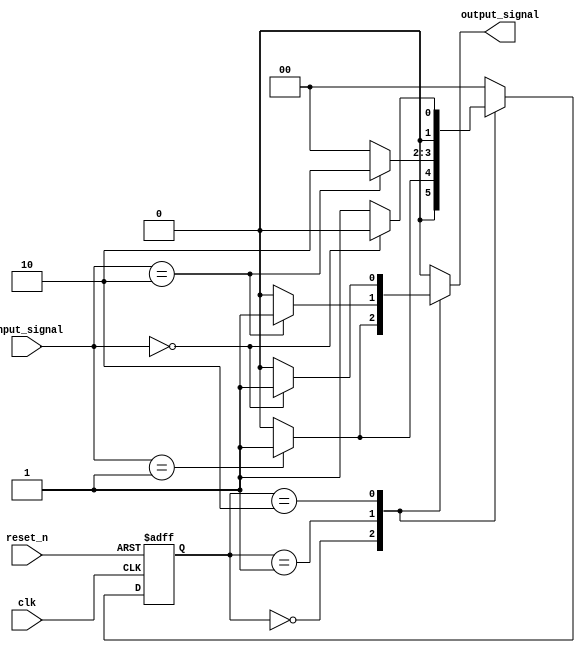
module MealyFSM (
    input wire clk,          // Clock input
    input wire reset_n,      // Active low reset
    input wire [1:0] input_signal, // 2-bit input signal
    output reg output_signal // Output signal
);

    // Parameter for state encoding
    parameter STATE0 = 2'b00;
    parameter STATE1 = 2'b01;
    parameter STATE2 = 2'b10;

    // State register
    reg [1:0] current_state, next_state;

    // State transition logic (Next State Logic)
    always @(*) begin
        case (current_state)
            STATE0: begin
                if (input_signal == 2'b01)
                    next_state = STATE1;
                else
                    next_state = STATE0;
            end
            STATE1: begin
                if (input_signal == 2'b10)
                    next_state = STATE2;
                else
                    next_state = STATE0;
            end
            STATE2: begin
                if (input_signal == 2'b00)
                    next_state = STATE0;
                else
                    next_state = STATE1;
            end
            default: next_state = STATE0; // Default state
        endcase
    end

    // Output logic (Mealy output)
    always @(*) begin
        case (current_state)
            STATE0: output_signal = (input_signal == 2'b01) ? 1'b1 : 1'b0;
            STATE1: output_signal = (input_signal == 2'b10) ? 1'b1 : 1'b0;
            STATE2: output_signal = (input_signal == 2'b00) ? 1'b1 : 1'b0;
            default: output_signal = 1'b0; // Default output
        endcase
    end

    // State register update on clock edge
    always @(posedge clk or negedge reset_n) begin
        if (!reset_n)
            current_state <= STATE0; // Reset to initial state
        else
            current_state <= next_state; // Update state
    end

endmodule